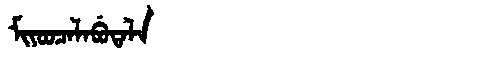
Manchu: ᠮᡳᠶᠣᠣᠴᠠᠯᠠᠪᡠᡨᠠᠯᠠ
Romanization: MIYOOCALABUTALA